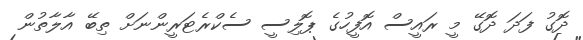
ދޮގު ފަދަ ދޮގޭ މީ ރައީސް އޮފީހުގެ ޕޮލިސީ ސެކްރެޓަރީންނަށް ތިބޭ އާލާތުން